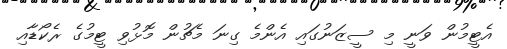
އެޓީމުން ވަނީ މި ސީޒަނުގައި އެންމެ ގިނަ މެޗުން މޮޅުވި ޓީމުގެ ރެކޯޑާއި